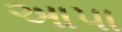
આપા